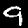
Label: 9